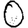
Digit: 0